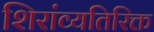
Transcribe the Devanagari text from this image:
शिरांव्यतिरिक्त